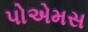
પોએમસ